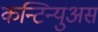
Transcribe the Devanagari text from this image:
कन्टिन्युअस